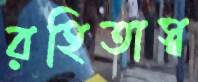
রহিতাস্ব